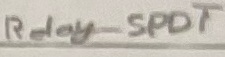
Text: Relay-SPDT